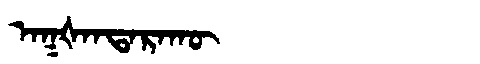
Manchu: ᠠᡴᡧᠠᠨᡨᠠᡵᠠᡴᡡ
Romanization: AKŠANTARAKŪ